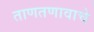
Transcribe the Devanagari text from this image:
ताणतणावाचे